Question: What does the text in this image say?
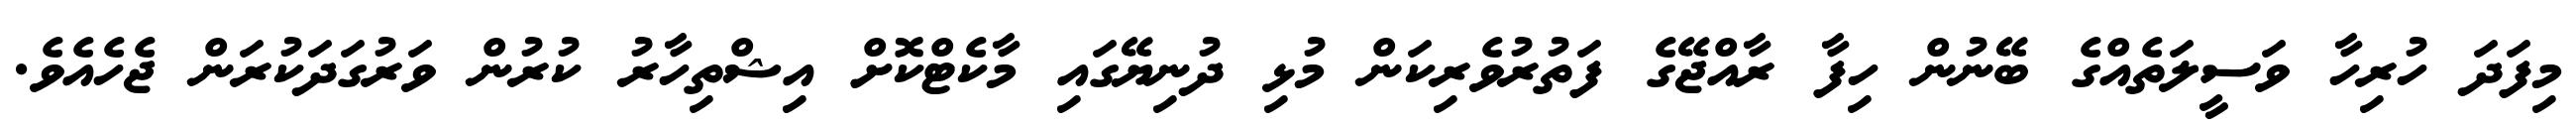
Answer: މިފަދަ ހުރިހާ ވަސީލަތެއްގެ ބޭނުން ހިފާ ރާއްޖޭގެ ފަތުރުވެރިކަން މުޅި ދުނިޔޭގައި މާކެޓްކޮށް އިޝްތިހާރު ކުރުން ވަރުގަދަކުރަން ޖެހެއެވެ.